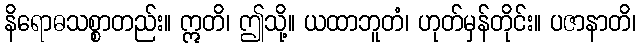
နိရောဓသစ္စာတည်း။ ဣတိ၊ ဤသို့။ ယထာဘူတံ၊ ဟုတ်မှန်တိုင်း။ ပဇာနာတိ၊